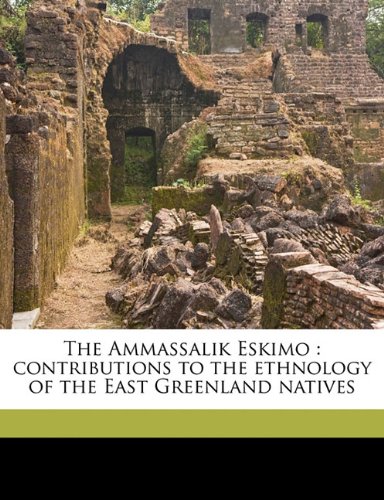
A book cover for The Ammassalik Eskimo: contributions to the ethnology of the East Greenland natives Volume part 2; William Thalbitzer; History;